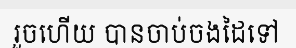
រួចហើយ បានចាប់ចងដៃទៅ